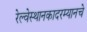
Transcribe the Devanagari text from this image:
रेल्वेस्थानकादरम्यानचे